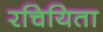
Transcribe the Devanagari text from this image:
रचियिता